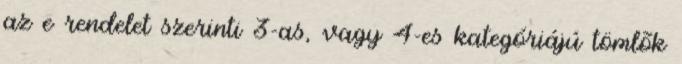
az e rendelet szerinti 3-as, vagy 4-es kategóriájú tömlõk